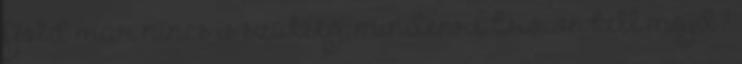
Gold már nincs is szükség, mindenre Crown kell majd?